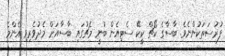
ފުރުސަތަކުންނެވެ. ބާސާގެ ކޯޗް ކީކޭ ސެޓިއެން ބުނީ މެޗުގައި ބާސާއަށް މެދުވެރިވި އެންމެ